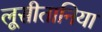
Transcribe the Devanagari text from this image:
लूसीतानिया